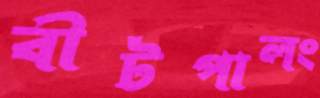
বীটপালং